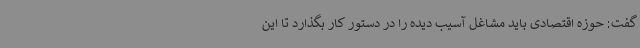
گفت: حوزه اقتصادی باید مشاغل آسیب دیده را در دستور کار بگذارد تا این